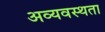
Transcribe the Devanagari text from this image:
अव्यवस्थता